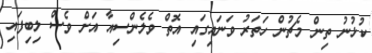
ކުޅުނު ތިން މެޗުން ހަތަރު ވަނައިގައި އޮތް ވެލެންސިއާ އަށް ވެސް ލިބިފައި